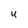
Character: U